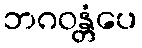
ဘဂဝန္တံပေ